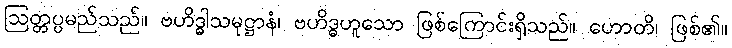
ဩတ္တပ္ပမည်သည်။ ဗဟိဒ္ဓါသမုဋ္ဌာနံ၊ ဗဟိဒ္ဓဟူသော ဖြစ်ကြောင်းရှိသည်။ ဟောတိ၊ ဖြစ်၏။